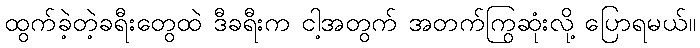
ထွက်ခဲ့တဲ့ခရီးတွေထဲ ဒီခရီးက ငါ့အတွက် အတက်ကြွဆုံးလို့ ပြောရမယ်။